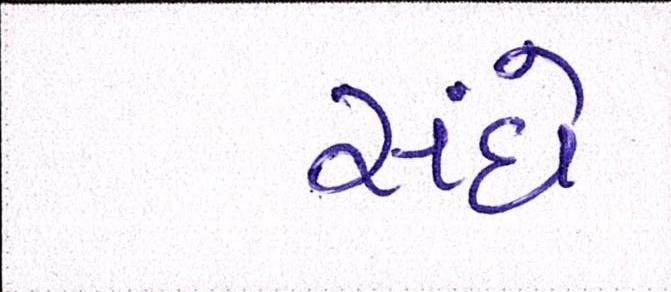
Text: સંઘે